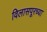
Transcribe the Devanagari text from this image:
विलासपूरच्या